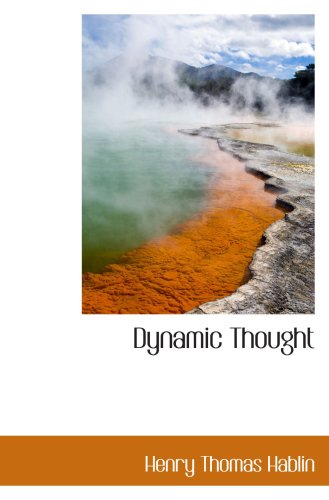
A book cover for Dynamic Thought; Henry Thomas Hablin; Health, Fitness & Dieting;